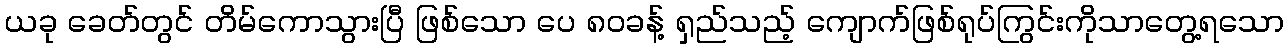
ယခု ခေတ်တွင် တိမ်ကောသွားပြီ ဖြစ်သော ပေ ၈၀ခန့် ရှည်သည့် ကျောက်ဖြစ်ရုပ်ကြွင်းကိုသာတွေ့ရသော